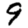
Digit: 9